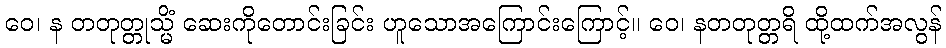
ဝေ၊ န တတုတ္တုသ္မိံ ဆေးကိုတောင်းခြင်း ဟူသောအကြောင်းကြောင့်။ ဝေ၊ နတတုတ္တရိ ထို့ထက်အလွန်